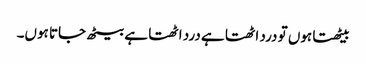
بیٹھتا ہوں تو درد اٹھتا ہے درد اٹھتا ہے بیٹھ جاتا ہوں۔